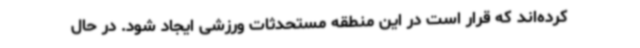
کرده‌اند که قرار است در این منطقه مستحدثات ورزشی ایجاد شود. در حال